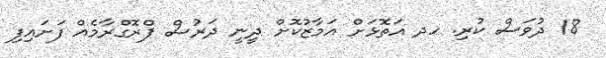
18 ދުވަސް ކުރި. ހދ އަތޮޅަށް އަމާޒުކޮށް ދީނީ ދަރުސް ޕްރޮގްރާމެއް ފަށައިފި